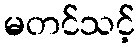
မတင်သင့်